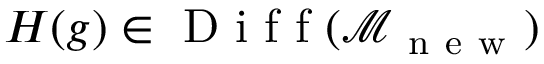
H ( g ) \in \mathrm { ~ D ~ i ~ f ~ f ~ } ( \mathcal { M } _ { \mathrm { ~ n ~ e ~ w ~ } } )